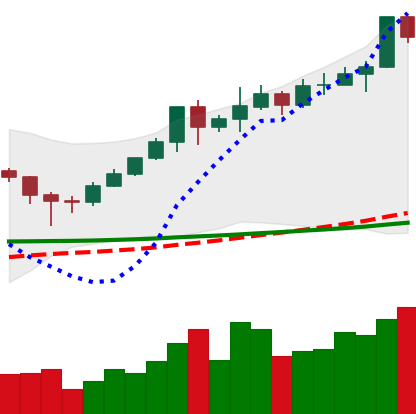
Ticker: XMR-USD
Chart end date: 2020-02-10
Forward return: 4.774%
Label: up_3_5